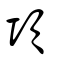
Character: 項